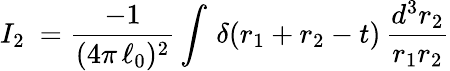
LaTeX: I_{2}\ =\frac{-1}{(4\pi\, {\ell_{0}})^{2}}\int\, \delta\! \left(r_{1}+r_{2}-t\right)\, \frac{d^{3}r_{2}}{r_{1}r_{2}}